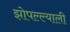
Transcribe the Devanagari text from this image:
झोपल्ल्याली